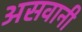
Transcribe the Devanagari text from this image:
असवानी